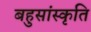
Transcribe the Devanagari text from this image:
बहुसांस्कृति